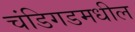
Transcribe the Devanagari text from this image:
चंडिगडमधील